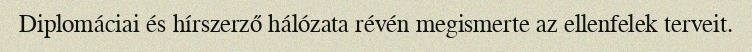
Diplomáciai és hírszerző hálózata révén megismerte az ellenfelek terveit.